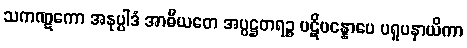
သကဏ္ဋကော အနုပ္ပါဒံ အာဓီယတေ အပ္ပဋ္ဌတရဉ္စ ပဋိပန္နောပေ ပရူပနာယိကာ